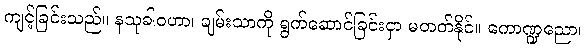
ကျင့်ခြင်းသည်။ နသုခါဝဟာ၊ ချမ်းသာကို ရွက်ဆောင်ခြင်းငှာ မတတ်နိုင်။ ကောဏ္ဍညော၊